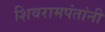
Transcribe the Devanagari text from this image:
शिवरामपंतांनी